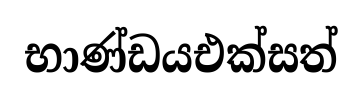
භාණ්ඩයඑක්සත්